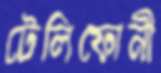
টেলিফোনী